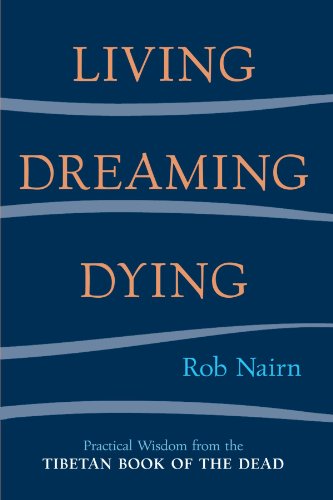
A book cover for Living, Dreaming, Dying: Wisdom for Everyday Life from the Tibetan Book of the Dead; Rob Nairn; Religion & Spirituality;